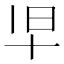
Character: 𫝒